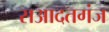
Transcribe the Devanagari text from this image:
सआदतगंज